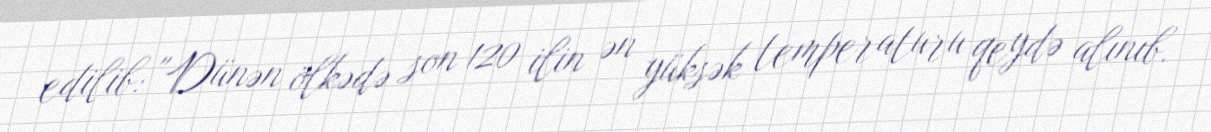
edilib: "Dünən ölkədə son 120 ilin ən yüksək temperaturu qeydə alınıb.